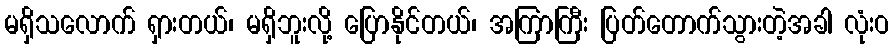
မရှိသလောက် ရှားတယ်၊ မရှိဘူးလို့ ပြောနိုင်တယ်၊ အကြာကြီး ပြတ်တောက်သွားတဲ့အခါ လုံးဝ